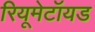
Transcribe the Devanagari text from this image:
रियूमेटॉयड